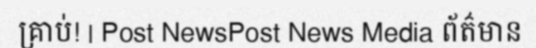
គ្រាប់! | Post NewsPost News Media ព័ត៌មាន